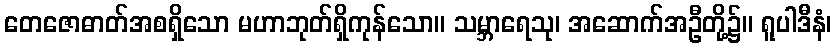
တေဇောဓာတ်အစရှိသော မဟာဘုတ်ရှိကုန်သော။ သမ္ဘာရေသု၊ အဆောက်အဦတို့၌။ ရူပါဒီနံ၊